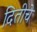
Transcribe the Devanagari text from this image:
दितीचे